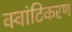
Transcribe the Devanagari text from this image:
क्वांटिकरण